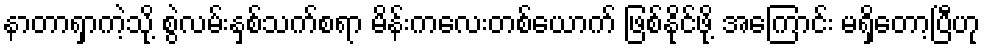
နာတာရှာကဲ့သို့ စွဲလမ်းနှစ်သက်စရာ မိန်းကလေးတစ်ယောက် ဖြစ်နိုင်ဖို့ အကြောင်း မရှိတော့ပြီဟု